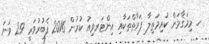
ހ. މިމަޤާމަށް ކުރިމަތިލާ ފަރާތްތަކާއި އިންޓަރވިއު ކުރުން 2016 ފެބުރުވަރީ 29 ވަނަ